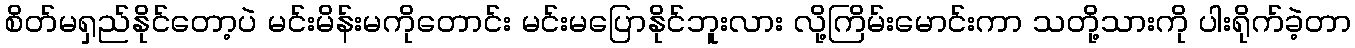
စိတ်မရှည်နိုင်တော့ပဲ မင်းမိန်းမကိုတောင်း မင်းမပြောနိုင်ဘူးလား လို့ကြိမ်းမောင်းကာ သတို့သားကို ပါးရိုက်ခဲ့တာ